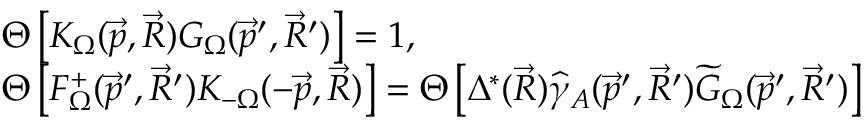
\begin{array} { l } { { \Theta \left[ K _ { \Omega } ( \vec { p } , \vec { R } ) G _ { \Omega } ( \vec { p } ^ { \prime } , \vec { R } ^ { \prime } ) \right] = 1 , } } \\ { { \Theta \left[ F _ { \Omega } ^ { + } ( \vec { p } ^ { \prime } , \vec { R } ^ { \prime } ) K _ { - \Omega } ( - \vec { p } , \vec { R } ) \right] = \Theta \left[ \Delta ^ { * } ( \vec { R } ) \widehat { \gamma } _ { A } ( \vec { p } ^ { \prime } , \vec { R } ^ { \prime } ) \widetilde { G } _ { \Omega } ( \vec { p } ^ { \prime } , \vec { R } ^ { \prime } ) \right] } } \end{array}